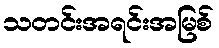
သတင်းအရင်းအမြစ်